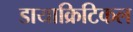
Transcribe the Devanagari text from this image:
डायाक्रिटिकल